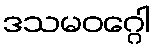
ဒသမဝဂ္ဂေါ